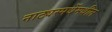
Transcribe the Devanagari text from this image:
नाट्यस्पर्धेमधील